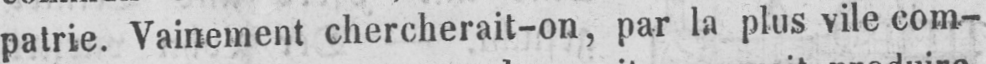
patrie. Vainement chercherait-on, par la plus vile com-